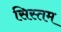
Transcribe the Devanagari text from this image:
सिस्तम